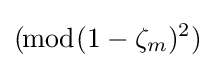
(\!{\bmod {(1-\zeta _{m})^{2}}})